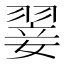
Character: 翣